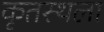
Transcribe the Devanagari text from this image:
कृतस्थला